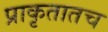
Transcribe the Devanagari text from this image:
प्राकृतातच